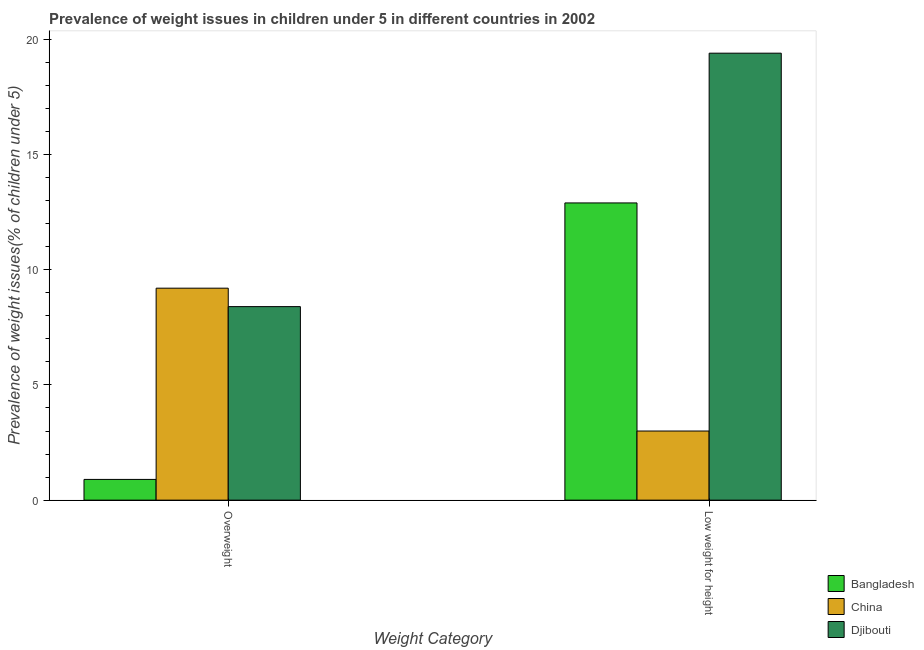
| Weight Category | Bangladesh | China | Djibouti |
 | --- | --- | --- | --- |
 | Overweight | 0.9 | 9.2 | 8.4 |
 | Low weight for height | 12.9 | 3 | 19.4 |